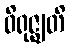
ဝိရုဇ္ဈတိ